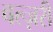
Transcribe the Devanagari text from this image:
बल्ज़री